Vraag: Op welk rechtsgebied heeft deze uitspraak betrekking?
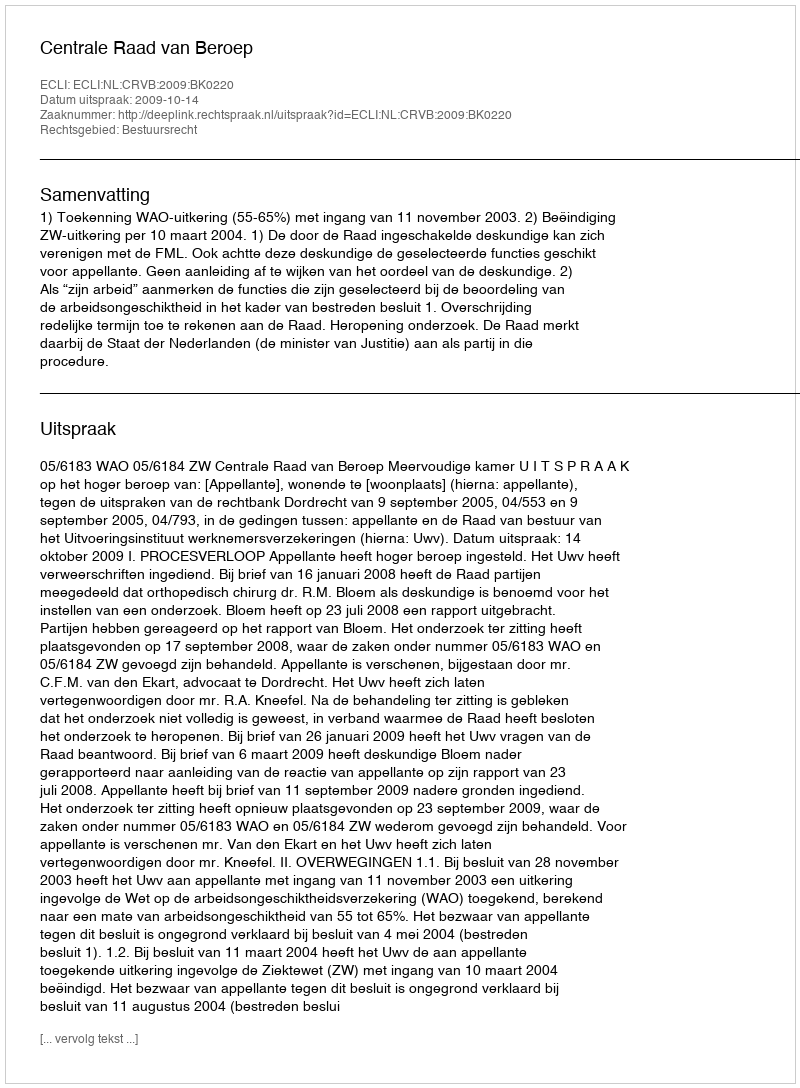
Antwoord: Bestuursrecht